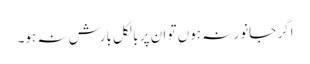
اگر جانور نہ ہوں تو ان پر بالکل بارش نہ ہو۔